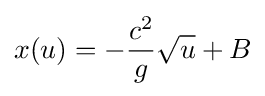
x(u)=-{\frac {c^{2}}{g}}{\sqrt {u}}+B